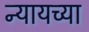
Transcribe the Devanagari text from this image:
न्यायच्या